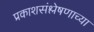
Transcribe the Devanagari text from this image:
प्रकाशसंश्लेषणाच्या